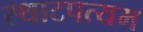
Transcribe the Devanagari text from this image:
स्थाटपत्यम